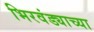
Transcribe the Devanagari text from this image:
भिरवंड्याच्या